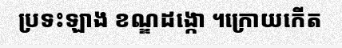
ប្រទះឡាង ខណ្ឌដង្កោ ។ក្រោយកើត